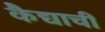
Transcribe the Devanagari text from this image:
कैद्याची